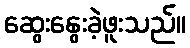
ဆွေးနွေးခဲ့ဖူးသည်။